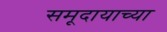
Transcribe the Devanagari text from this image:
समूदायाच्या